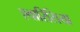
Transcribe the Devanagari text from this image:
एवारिसिया